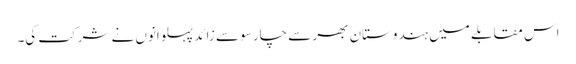
اس مقابلے میں ہندوستان بھر سے چار سو سے زائد پہلوانوں نے شرکت کی۔